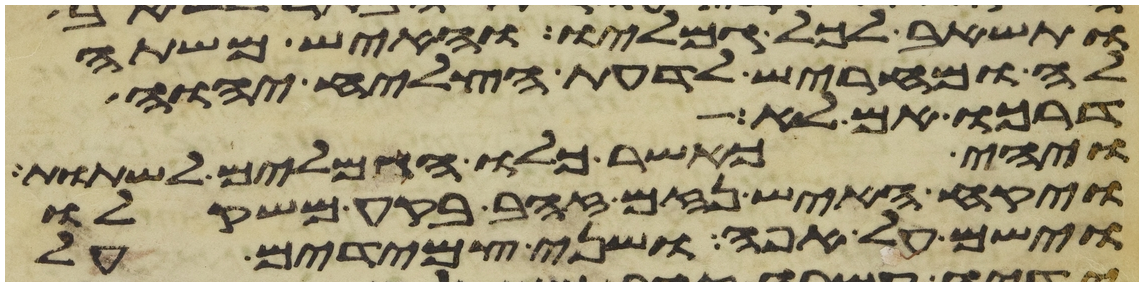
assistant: ותשאב לכל גמליו והאיש משתה
לה ומחריש לדעת הצליח יהוה
דרכו אם לא
ויהי כאשר כלו הגמלים לשתות
ויקח האיש נזם זהב בקע משקלו
וישם על אפה ושני צמידים על